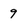
Character: 9